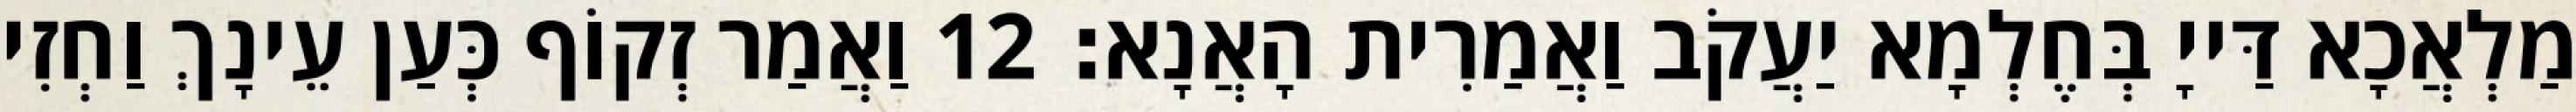
מַלְאֲכָא דַּייָ בְּחֶלְמָא יַעֲקֹב וַאֲמַרִית הָאֲנָא׃ 12 וַאֲמַר זְקוֹף כְּעַן עֵינָךְ וַחְזִי